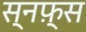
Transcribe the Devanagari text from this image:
स्नफ़्स